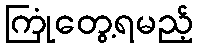
ကြုံတွေ့ရမည့်